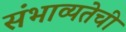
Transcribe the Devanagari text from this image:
संभाव्यतेची